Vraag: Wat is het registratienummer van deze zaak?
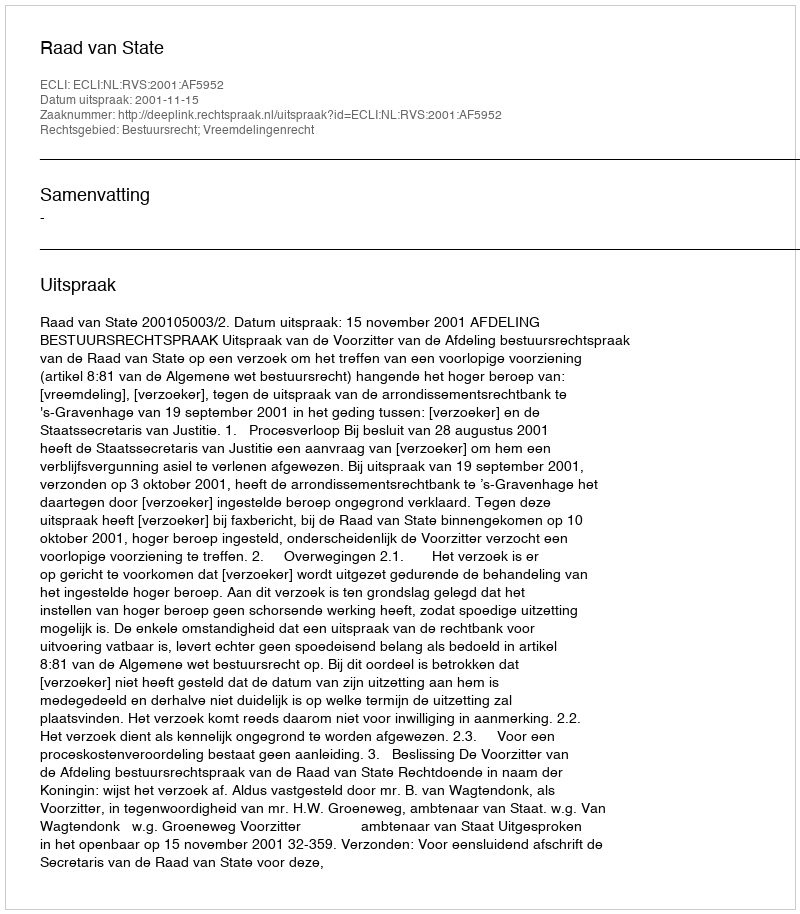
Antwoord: http://deeplink.rechtspraak.nl/uitspraak?id=ECLI:NL:RVS:2001:AF5952